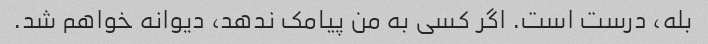
بله، درست است. اگر کسی به من پیامک ندهد، دیوانه خواهم شد.